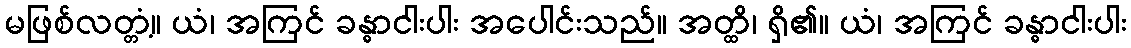
မဖြစ်လတ္တံ့။ ယံ၊ အကြင် ခန္ဓာငါးပါး အပေါင်းသည်။ အတ္ထိ၊ ရှိ၏။ ယံ၊ အကြင် ခန္ဓာငါးပါး